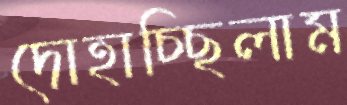
দোহাচ্ছিলাম